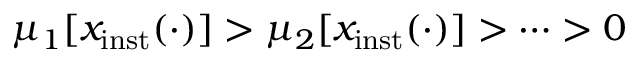
\mu _ { 1 } \lbrack x _ { \mathrm { i n s t } } ( \cdot ) \rbrack > \mu _ { 2 } \lbrack x _ { \mathrm { i n s t } } ( \cdot ) \rbrack > \cdots > 0